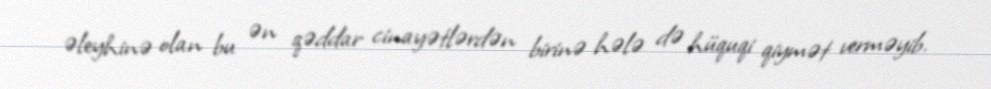
əleyhinə olan bu ən qəddar cinayətlərdən birinə hələ də hüquqi qiymət verməyib.